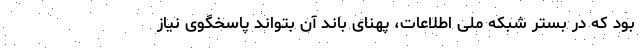
بود که در بستر شبکه ملی اطلاعات، پهنای باند آن بتواند پاسخگوی نیاز